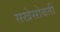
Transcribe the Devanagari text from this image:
सखेसोबती